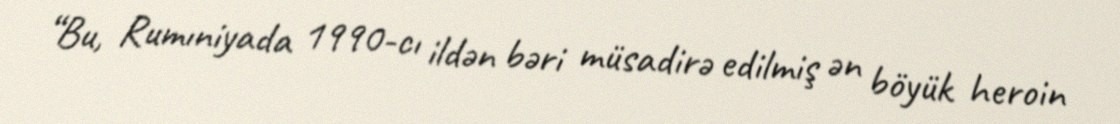
“Bu, Rumıniyada 1990-cı ildən bəri müsadirə edilmiş ən böyük heroin